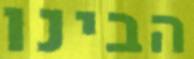
הבינו